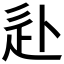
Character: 𰺮